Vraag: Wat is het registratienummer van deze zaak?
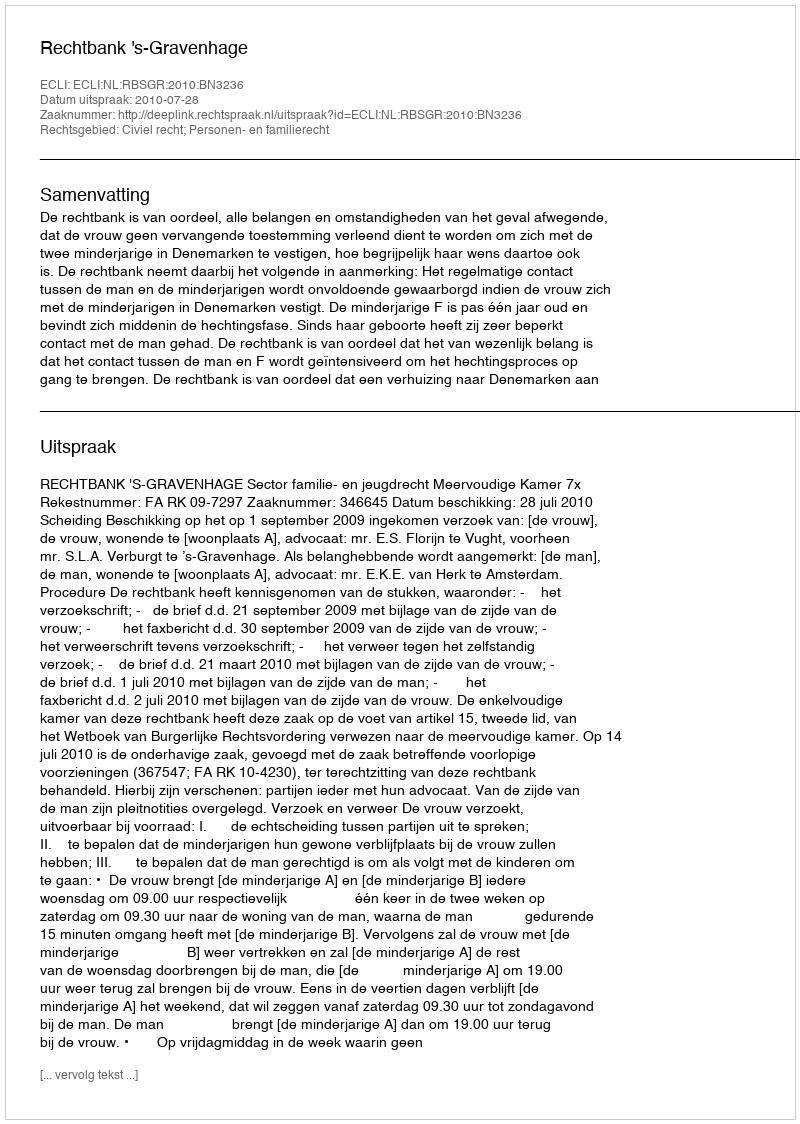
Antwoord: http://deeplink.rechtspraak.nl/uitspraak?id=ECLI:NL:RBSGR:2010:BN3236